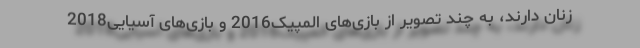
زنان دارند، به چند تصویر از بازی‌های المپیک2016 و بازی‌های آسیایی2018